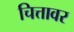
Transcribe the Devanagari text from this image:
चित्तावर